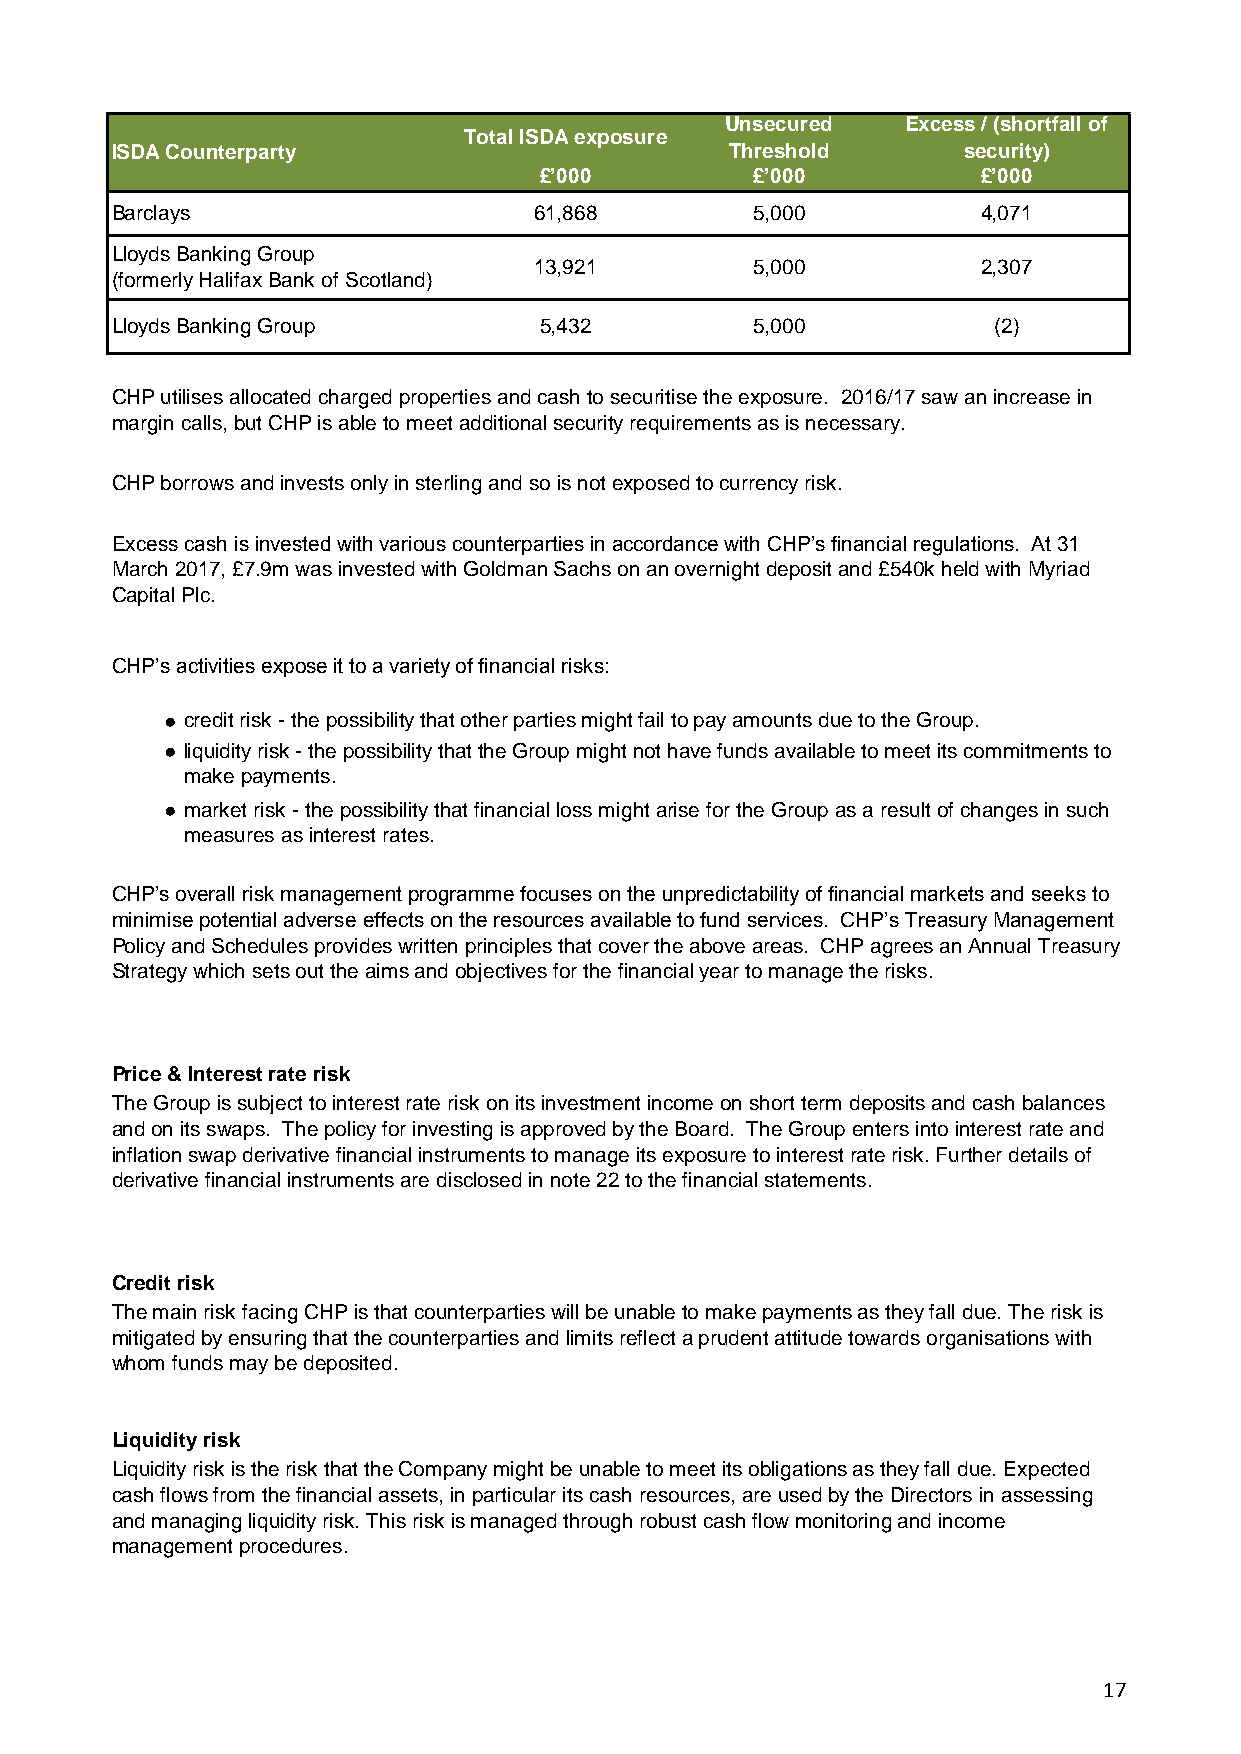
Unsecured   Excess / (shortfall of
 Total ISDA exposure
 ISDA Counterparty                        Threshold       security)
 £’000         £’000          £’000
 Barclays                    61,868         5,000          4,071
 Lloyds Banking Group
 13,921         5,000          2,307
 (formerly Halifax Bank of Scotland)
 Lloyds Banking Group         5,432         5,000           (2)
 CHP utilises allocated charged properties and cash to securitise the exposure. 2016/17 saw an increase in
 margin calls, but CHP is able to meet additional security requirements as is necessary.
 CHP borrows and invests only in sterling and so is not exposed to currency risk.
 Excess cash is invested with various counterparties in accordance with CHP’s financial regulations. At 31
 March 2017, £7.9m was invested with Goldman Sachs on an overnight deposit and £540k held with Myriad
 Capital Plc.
 CHP’s activities expose it to a variety of financial risks:
 ● credit risk - the possibility that other parties might fail to pay amounts due to the Group.
 ● liquidity risk - the possibility that the Group might not have funds available to meet its commitments to
 make payments.
 ● market risk - the possibility that financial loss might arise for the Group as a result of changes in such
 measures as interest rates.
 CHP’s overall risk management programme focuses on the unpredictability of financial markets and seeks to
 minimise potential adverse effects on the resources available to fund services. CHP’s Treasury Management
 Policy and Schedules provides written principles that cover the above areas. CHP agrees an Annual Treasury
 Strategy which sets out the aims and objectives for the financial year to manage the risks.
 Price & Interest rate risk
 The Group is subject to interest rate risk on its investment income on short term deposits and cash balances
 and on its swaps. The policy for investing is approved by the Board. The Group enters into interest rate and
 inflation swap derivative financial instruments to manage its exposure to interest rate risk. Further details of
 derivative financial instruments are disclosed in note 22 to the financial statements.
 Credit risk
 The main risk facing CHP is that counterparties will be unable to make payments as they fall due. The risk is
 mitigated by ensuring that the counterparties and limits reflect a prudent attitude towards organisations with
 whom funds may be deposited.
 Liquidity risk
 Liquidity risk is the risk that the Company might be unable to meet its obligations as they fall due. Expected
 cash flows from the financial assets, in particular its cash resources, are used by the Directors in assessing
 and managing liquidity risk. This risk is managed through robust cash flow monitoring and income
 management procedures.
 17